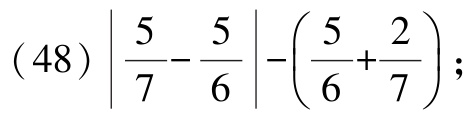
(48) $\left|\frac{5}{7}-\frac{5}{6}\right|-\left(\frac{5}{6}+\frac{2}{7}\right)$;